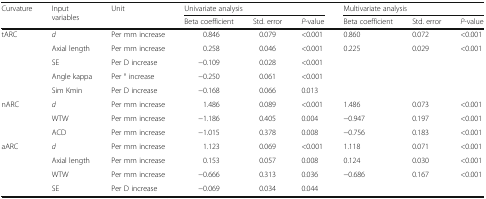
<table><thead><tr><td rowspan="2"><b>Curvature</b></td><td rowspan="2"><b>Input variables</b></td><td rowspan="2"><b>Unit</b></td><td colspan="3"><b>Univariate analysis</b></td><td colspan="3"><b>Multivariate analysis</b></td></tr><tr><td><b>Beta coefficient</b></td><td><b>Std. error</b></td><td><b><i>P</i>-value</b></td><td><b>Beta coefficient</b></td><td><b>Std. error</b></td><td><b><i>P</i>-value</b></td></tr></thead><tbody><tr><td rowspan="5">tARC</td><td><i>d</i></td><td>Per mm increase</td><td>0.846</td><td>0.079</td><td>&lt;0.001</td><td>0.860</td><td>0.072</td><td>&lt;0.001</td></tr><tr><td>Axial length</td><td>Per mm increase</td><td>0.258</td><td>0.046</td><td>&lt;0.001</td><td>0.225</td><td>0.029</td><td>&lt;0.001</td></tr><tr><td>SE</td><td>Per D increase</td><td>−0.109</td><td>0.028</td><td>&lt;0.001</td><td></td><td></td><td></td></tr><tr><td>Angle kappa</td><td>Per ° increase</td><td>−0.250</td><td>0.061</td><td>&lt;0.001</td><td></td><td></td><td></td></tr><tr><td>Sim Kmin</td><td>Per D increase</td><td>−0.168</td><td>0.066</td><td>0.013</td><td></td><td></td><td></td></tr><tr><td rowspan="3">nARC</td><td><i>d</i></td><td>Per mm increase</td><td>1.486</td><td>0.089</td><td>&lt;0.001</td><td>1.486</td><td>0.073</td><td>&lt;0.001</td></tr><tr><td>WTW</td><td>Per mm increase</td><td>−1.186</td><td>0.405</td><td>0.004</td><td>−0.947</td><td>0.197</td><td>&lt;0.001</td></tr><tr><td>ACD</td><td>Per mm increase</td><td>−1.015</td><td>0.378</td><td>0.008</td><td>−0.756</td><td>0.183</td><td>&lt;0.001</td></tr><tr><td rowspan="4">aARC</td><td><i>d</i></td><td>Per mm increase</td><td>1.123</td><td>0.069</td><td>&lt;0.001</td><td>1.118</td><td>0.071</td><td>&lt;0.001</td></tr><tr><td>Axial length</td><td>Per mm increase</td><td>0.153</td><td>0.057</td><td>0.008</td><td>0.124</td><td>0.030</td><td>&lt;0.001</td></tr><tr><td>WTW</td><td>Per mm increase</td><td>−0.666</td><td>0.313</td><td>0.036</td><td>−0.686</td><td>0.167</td><td>&lt;0.001</td></tr><tr><td>SE</td><td>Per D increase</td><td>−0.069</td><td>0.034</td><td>0.044</td><td></td><td></td><td></td></tr></tbody></table>